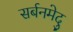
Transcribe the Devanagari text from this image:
सर्बनमेदु